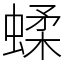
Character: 蝚